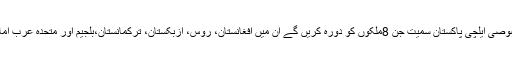
امریکہ ے خصوصی ایلچی پاکستان سمیت جن 8ملکوں کو دورہ کریں گے ان میں افغانستان، روس، ازبکستان، ترکمانستان،بلجیم اور متحدہ عرب امارات شامل ہیں۔